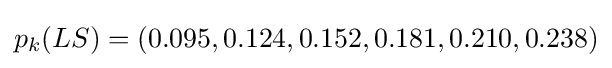
{\textstyle p_{k}(LS)=(0.095,0.124,0.152,0.181,0.210,0.238)}